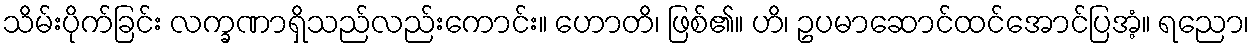
သိမ်းပိုက်ခြင်း လက္ခဏာရှိသည်လည်းကောင်း။ ဟောတိ၊ ဖြစ်၏။ ဟိ၊ ဥပမာဆောင်ထင်အောင်ပြအံ့။ ရညော၊